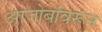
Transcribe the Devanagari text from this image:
आजोबांवरून